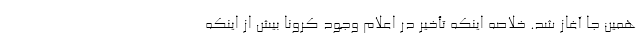
همین جا آغاز شد. خلاصه اینکه تأخیر در اعلام وجود کرونا بیش از اینکه